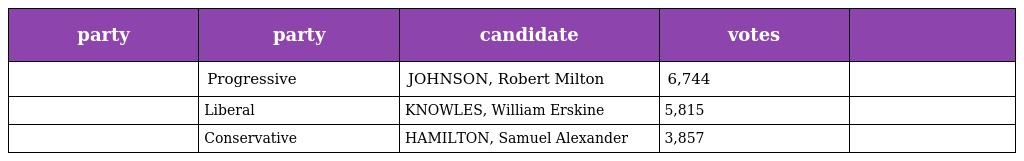
| party | party | candidate | votes |  |
 | --- | --- | --- | --- | --- |
 |  | Progressive | JOHNSON, Robert Milton | 6,744 |  |
 |  | Liberal | KNOWLES, William Erskine | 5,815 |  |
 |  | Conservative | HAMILTON, Samuel Alexander | 3,857 |  |